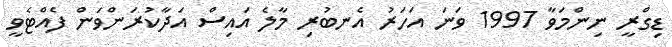
ޑިގްރީ ނިންމަވާ 1997 ވަނަ އަހަރު އެނބުރި މާލެ އައިސް އަދާކުރަންވަން ފެއްޓެވީ